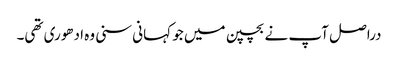
دراصل آپ نے بچپن میں جو کہانی سنی وہ ادھوری تھی۔